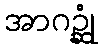
အာဂဉ္ဆုံ